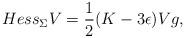
LaTeX: \begin{align*} Hess_{\Sigma} V = \frac{1}{2}(K - 3\epsilon)Vg, \end{align*}